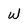
Character: W